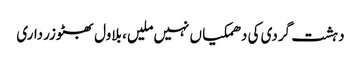
دہشت گردی کی دھمکیا ں نہیں ملیں، بلاول بھٹوزرداری